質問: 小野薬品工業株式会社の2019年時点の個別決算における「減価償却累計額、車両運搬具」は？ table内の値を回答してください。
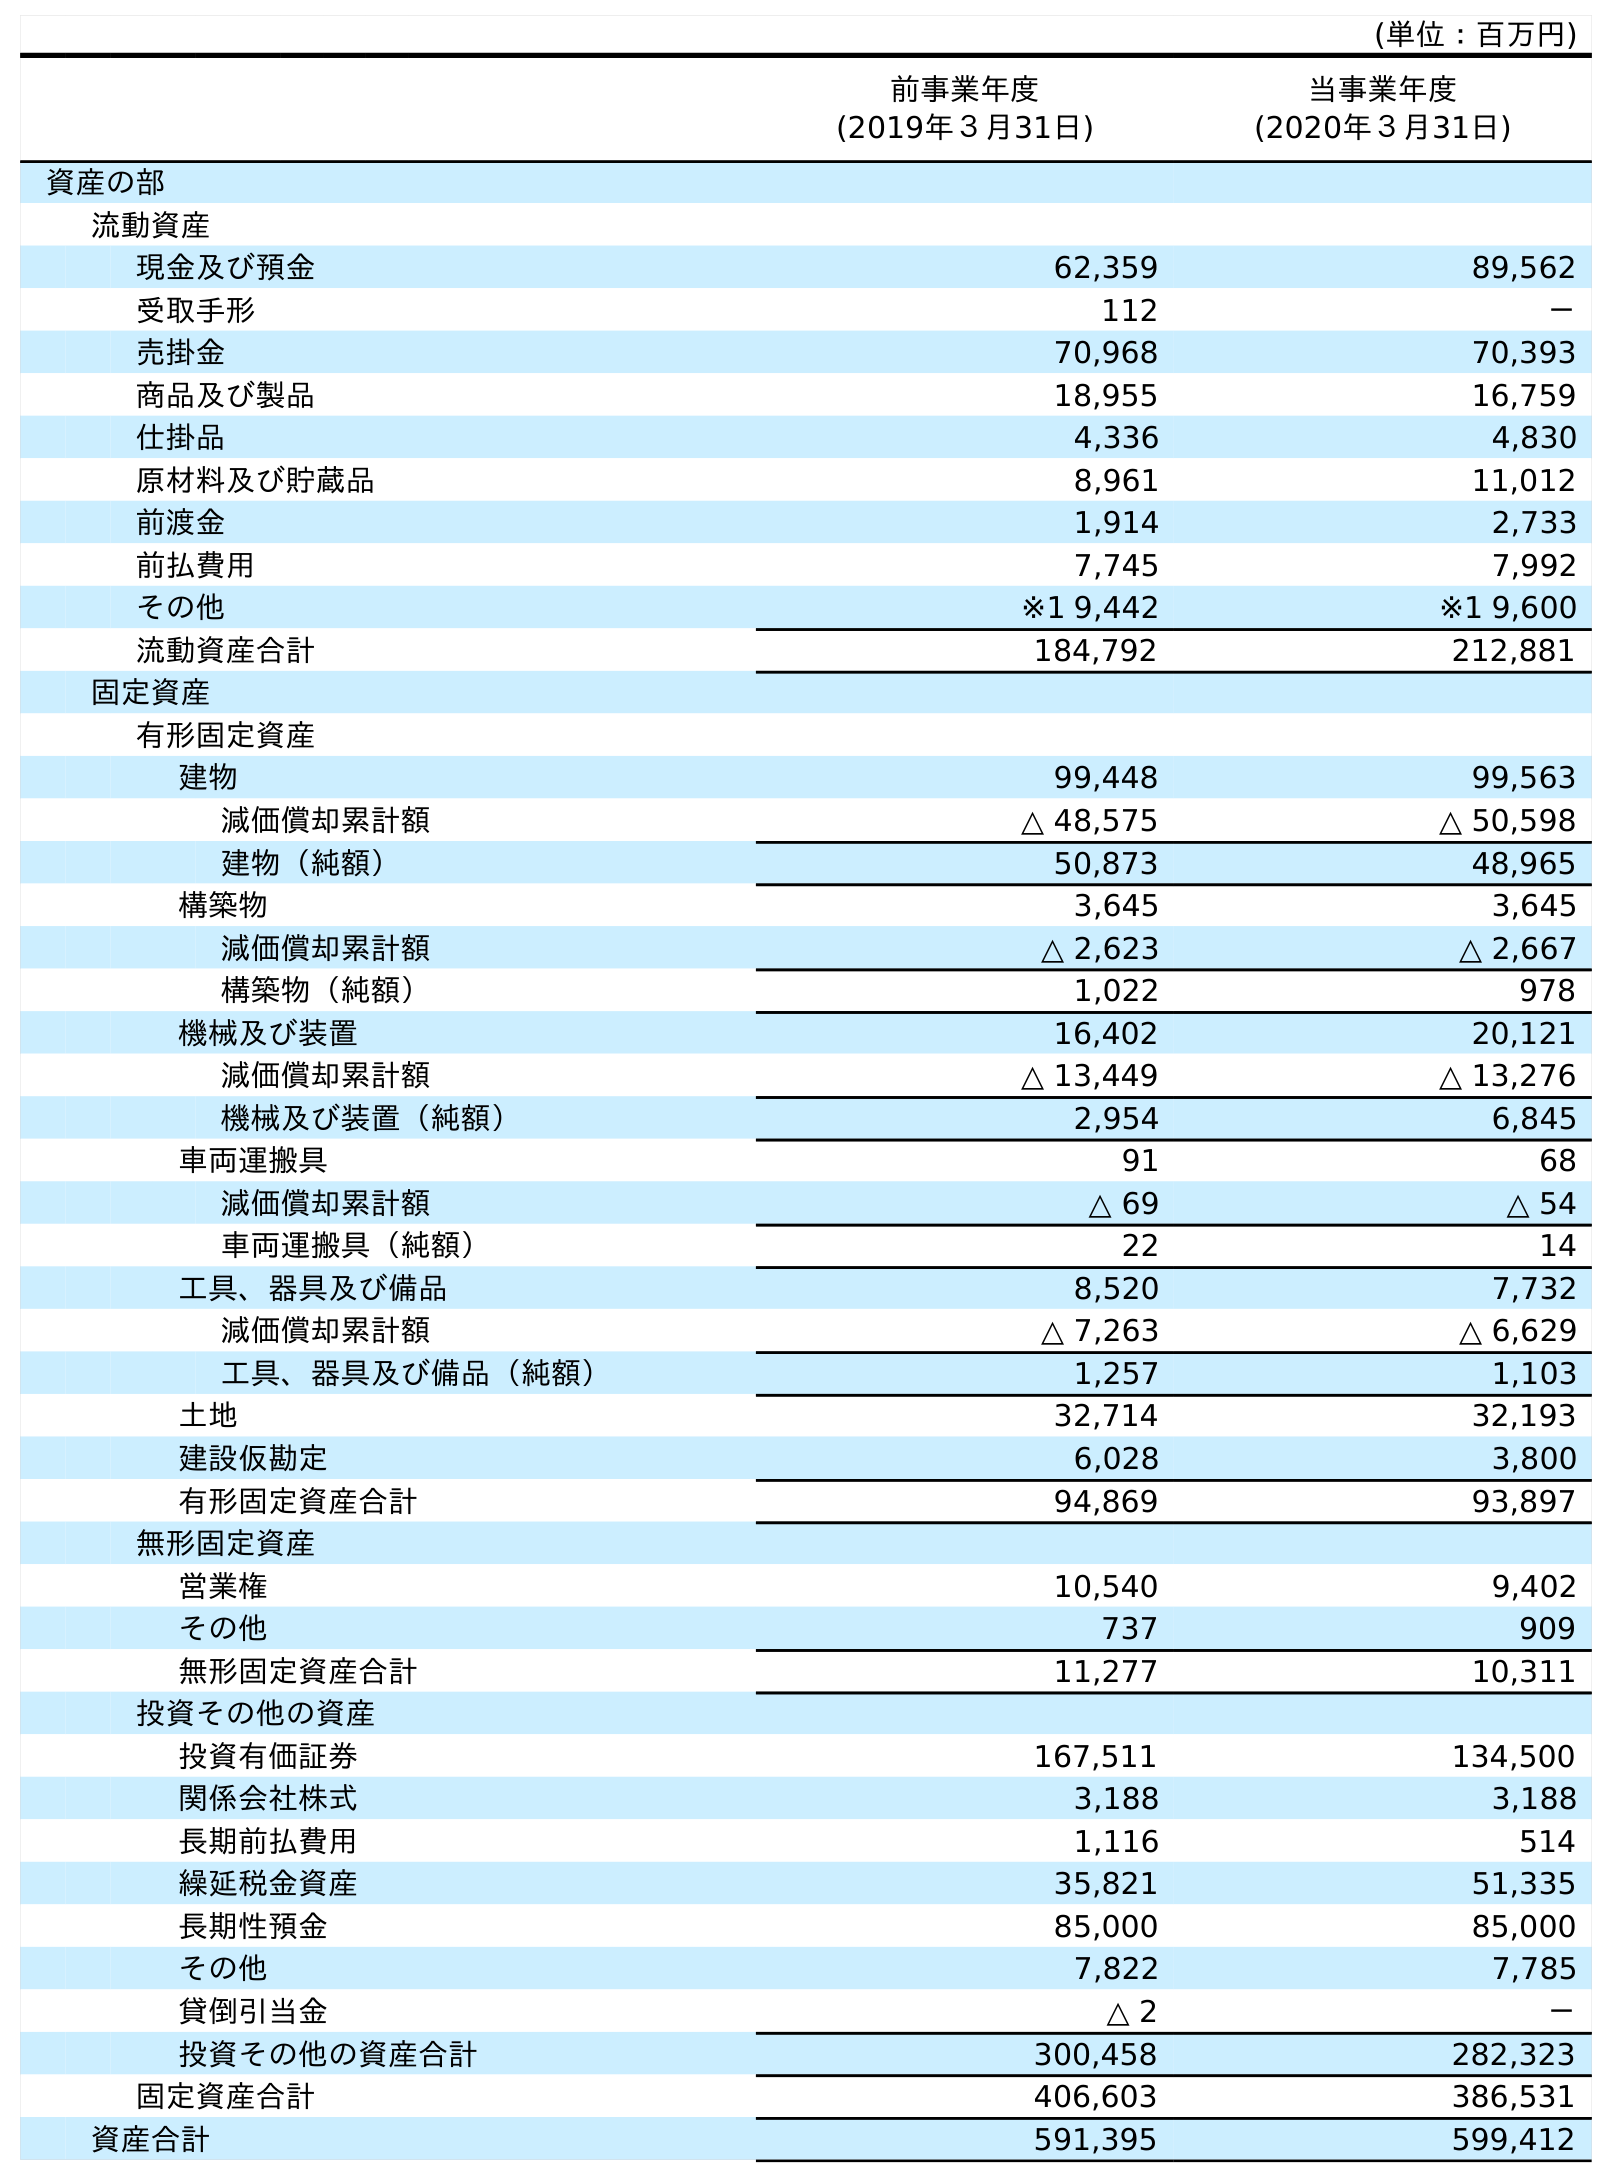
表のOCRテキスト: (単位：百万円) 前事業年度 (2019年３月31日) 当事業年度 (2020年３月31日) 資産の部 流動資産 現金及び預金 62,359 89,562 受取手形 112 － 売掛金 70,968 70,393 商品及び製品 18,955 16,759 仕掛品 4,336 4,830 原材料及び貯蔵品 8,961 11,012 前渡金 1,914 2,733 前払費用 7,745 7,992 その他 ※1 9,442 ※1 9,600 流動資産合計 184,792 212,881 固定資産 有形固定資産 建物 99,448 99,563 減価償却累計額 △ 48,575 △ 50,598 建物（純額） 50,873 48,965 構築物 3,645 3,645 減価償却累計額 △ 2,623 △ 2,667 構築物（純額） 1,022 978 機械及び装置 16,402 20,121 減価償却累計額 △ 13,449 △ 13,276 機械及び装置（純額） 2,954 6,845 車両運搬具 91 68 減価償却累計額 △ 69 △ 54 車両運搬具（純額） 22 14 工具、器具及び備品 8,520 7,732 減価償却累計額 △ 7,263 △ 6,629 工具、器具及び備品（純額） 1,257 1,103 土地 32,714 32,193 建設仮勘定 6,028 3,800 有形固定資産合計 94,869 93,897 無形固定資産 営業権 10,540 9,402 その他 737 909 無形固定資産合計 11,277 10,311 投資その他の資産 投資有価証券 167,511 134,500 関係会社株式 3,188 3,188 長期前払費用 1,116 514 繰延税金資産 35,821 51,335 長期性預金 85,000 85,000 その他 7,822 7,785 貸倒引当金 △ 2 － 投資その他の資産合計 300,458 282,323 固定資産合計 406,603 386,531 資産合計 591,395 599,412
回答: △69